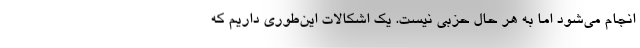
انجام می‌شود اما به هر حال حزبی نیست. یک اشکالات این‌طوری داریم که